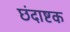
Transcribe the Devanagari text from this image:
छंदाष्टक